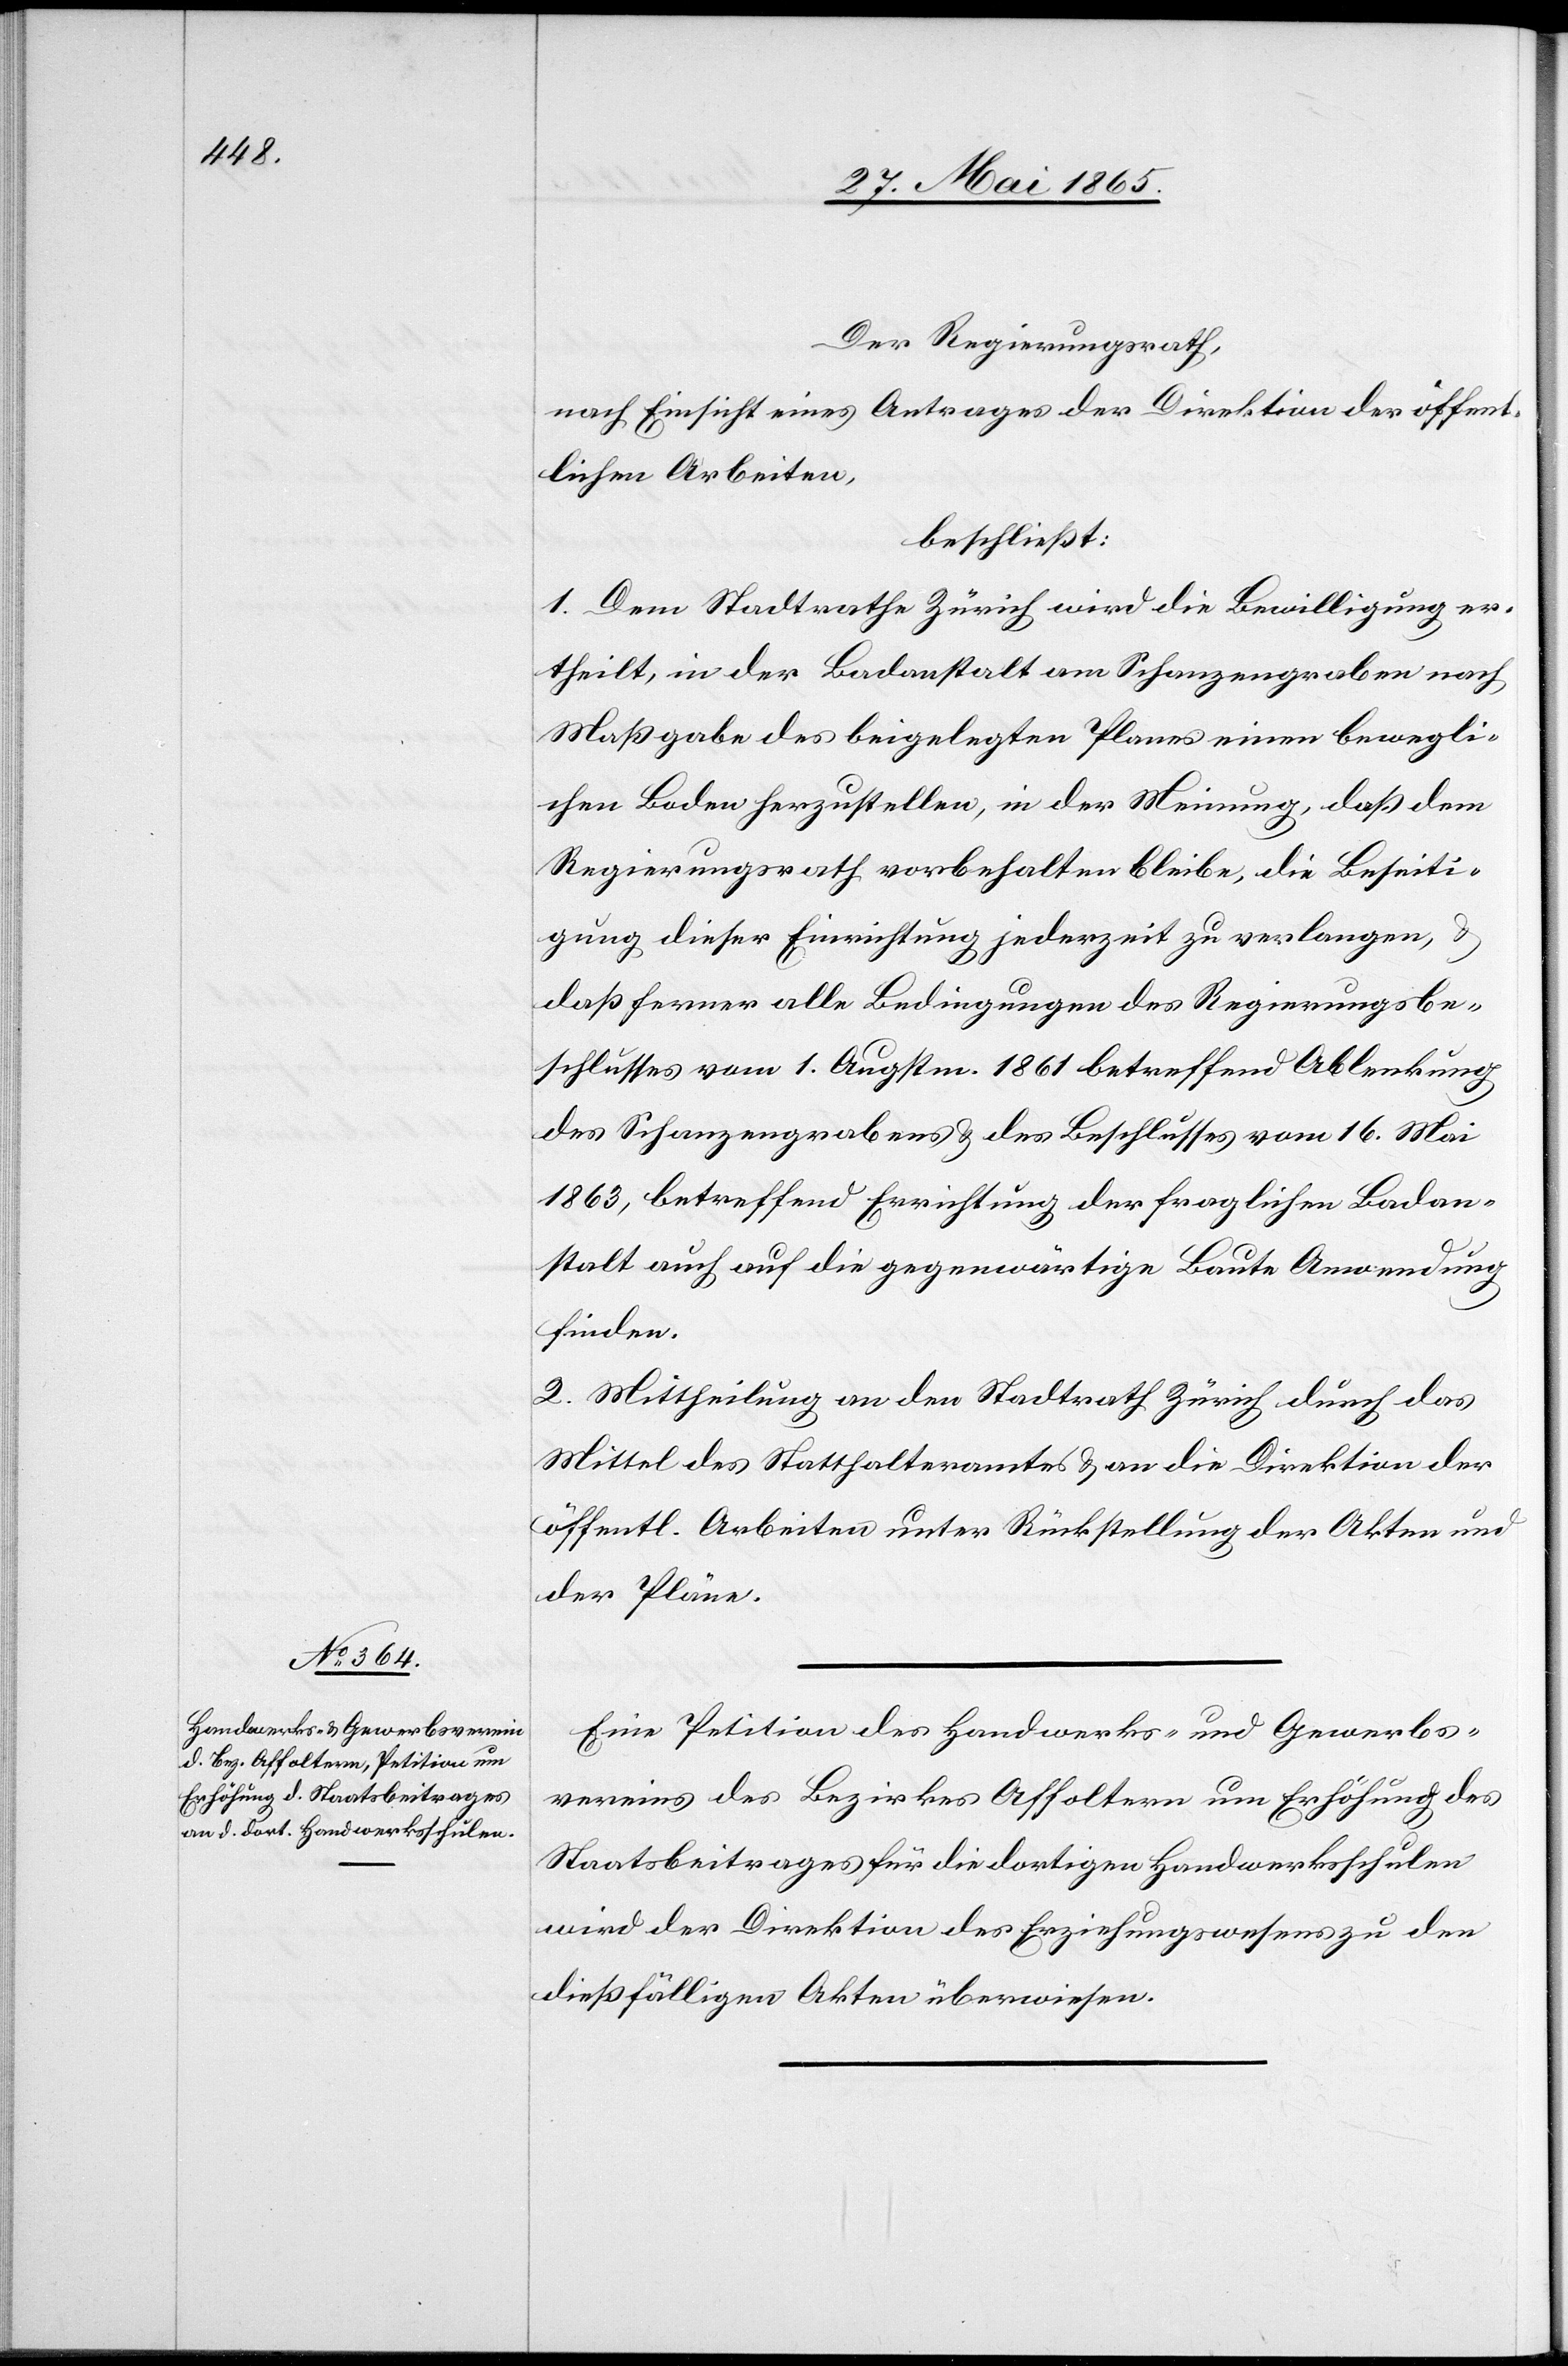
Der Regierungsrath,
nach Einsicht eines Antrages der Direktion der öffentl.
beschließt:
1. Dem Stadtrathe Zürich wird die Bewilligung er¬
theilt, in der Badanstalt am Schanzengraben nach
Maßgabe des beigelegten Planes einen bewegli¬
chen Boden herzustellen, in der Meinung, daß dem
Regierungsrath vorbehalten bleibe, die Beseiti¬
gung dieser Einrichtung jederzeit zu verlangen,
daß ferner alle Bedingungen des Regierungsbe¬
schlusses vom 1. Augstm. 1861 betreffend Ablenkung
des Schanzengrabens & des Beschlusses vom 16. Mai
1863, betreffend Errichtung der fraglichen Badan¬
stalt auch auf die gegenwärtige Baute Anwendung
finden.
2. Mittheilung an den Stadtrath Zürich durch das
Mittel des Statthalteramtes & an die Direktion der
öffentl. Arbeiten unter Rückstellung der Akten und
der Pläne.
Eine Petition des Handwerks- und Gewerbs¬
vereins des Bezirkes Affoltern um Erhöhung des
Staatsbeitrages für die dortigen Handwerksschulen
wird der Direktion des Erziehungswesens zu den
dießfälligen Akten überwiesen.